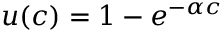
u ( c ) = 1 - e ^ { - \alpha c }